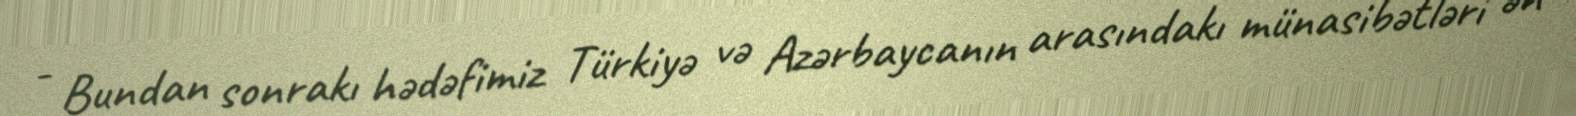
- Bundan sonrakı hədəfimiz Türkiyə və Azərbaycanın arasındakı münasibətləri ən